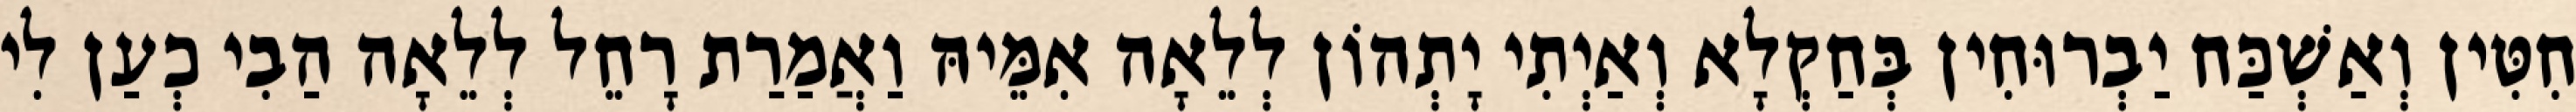
חִטִּין וְאַשְׁכַּח יַבְרוּחִין בְּחַקְלָא וְאַיְתִי יָתְהוֹן לְלֵאָה אִמֵּיהּ וַאֲמַרַת רָחֵל לְלֵאָה הַבִי כְעַן לִי